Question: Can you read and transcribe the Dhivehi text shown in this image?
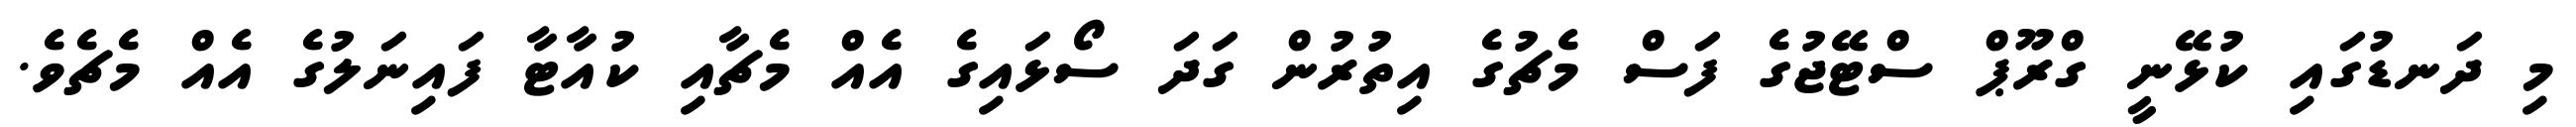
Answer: މި ދަނޑުގައި ކުޅޭނީ ގްރޫޕް ސްޓޭޖުގެ ފަސް މެޗުގެ އިތުރުން ގަދަ ސޯޅައިގެ އެއް މެޗާއި ކުއާޓާ ފައިނަލުގެ އެއް މެޗެވެ.